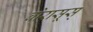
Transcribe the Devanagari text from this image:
बोरासूस्